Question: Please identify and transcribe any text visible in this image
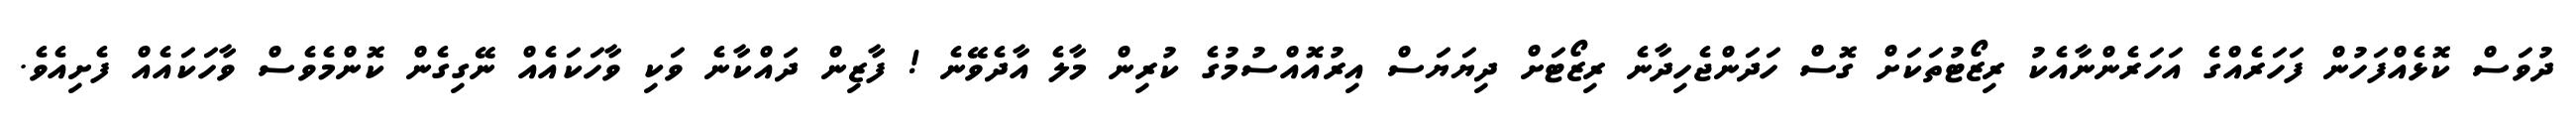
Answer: ދުވަސް ކޮޅެއްފަހުން ފަހަރެއްގެ އަހަރެންނާއެކު ރިޒޯޓުތަކަށް ގޮސް ހަދަންޖެހިދާނެ ރިޒޯޓަށް ދިޔަޔަސް އިރުއޮއްސުމުގެ ކުރިން މާލެ އާދެވޭނެ ! ފާޒިން ދައްކާނެ ވަކި ވާހަކައެއް ނޭގިގެން ކޮންމެވެސް ވާހަކައެއް ފެށިއެވެ.